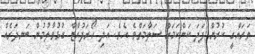
ތަރައްގީ ކުރުން ފަދަ ކަންކަމަށް ސަލާމަތްވެ އެވެ. އަދި ހޯރަފުއްޓާ ގުޅުވާލުމުން ބަނދަރެއް